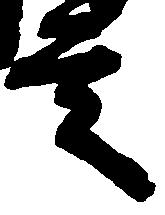
言